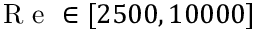
\mathrm { ~ R ~ e ~ } \in [ 2 5 0 0 , 1 0 0 0 0 ]